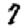
Digit: 7